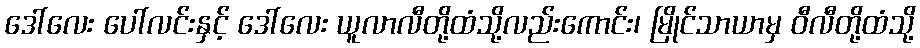
ဒေါ်လေး ပေါ်လင်းနှင့် ဒေါ်လေး ယူလာလီတို့ထံသို့လည်းကောင်း၊ မြိုင်သာယာမှ ဝီလီတို့ထံသို့